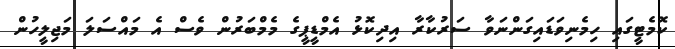
ކޮމެޓީގައި ހިމެނިވަޑައިގަންނަވާ ސަރުކާރާ އިދިކޮޅު އެމްޑީޕީގެ މެމްބަރުން ވެސް އެ މައްސަލަ މަޖިލީހުން